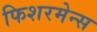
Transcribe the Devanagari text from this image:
फिशरमेन्स